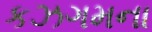
કઝગમના